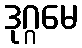
ဒုဂ္ဂမေ